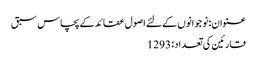
عنوان : نو جوانوں کے لئے اصول عقائدکے پچاس سبق
قارئین کی تعداد : 1293